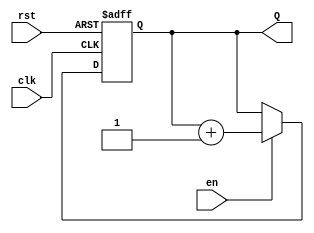
module binary_up_counter #(
    parameter N = 4  // Number of bits for the counter (default is 4 bits)
)(
    input wire clk,   // Clock input
    input wire rst,   // Asynchronous reset
    input wire en,    // Enable signal
    output reg [N-1:0] Q  // n-bit output count
);

// Always block triggered on the rising edge of the clock or when reset is asserted
always @(posedge clk or posedge rst) begin
    if (rst) begin
        Q <= 0;  // Reset the counter to 0
    end else if (en) begin
        Q <= Q + 1;  // Increment the counter
    end
end

endmodule